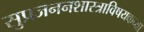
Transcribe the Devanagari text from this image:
सुप्रजननशास्त्राविषयकच्या